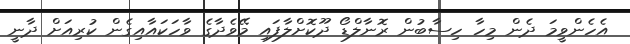
އެހެންވީމަ ދެން މިހާ ހިސާބުން ރޮނާލްޑޯ ދޫކޮށްލާފައި މޭވެދާގެ ވާހަކައާއިގެން ކުރިއަށް ދާނީ